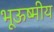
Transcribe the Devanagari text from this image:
भूऊष्मीय